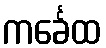
ကင်္ခေထ